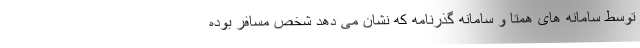
توسط سامانه های همتا و سامانه گذرنامه که نشان می دهد شخص مسافر بوده